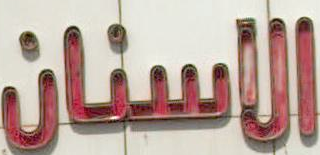
الاسنان